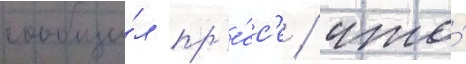
сообщи́л пр'е́сс'е / что́